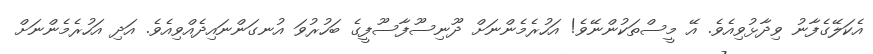
އެކަލޭގެފާނު ވިދާޅުވިއެވެ. އޭ މީސްތަކުންނޭވެ! އަހުރެމެންނަށް ދޫނިސޫފާސޫފީގެ ބަހުރުވަ އުނގަންނައިދެއްވިއެވެ. އަދި އަހުރެމެންނަށް